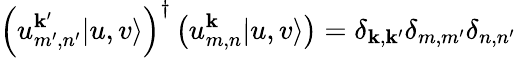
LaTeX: \left(u_{m^{\prime},n^{\prime}}^{\mathbf{k}^{\prime}}|u,v\rangle\right)^{\dagger}\left(u_{m,n}^{\mathbf{k}}|u,v\rangle\right)=\delta_{\mathbf{k},\mathbf{k}^{\prime}}\delta_{m,m^{\prime}}\delta_{n,n^{\prime}}